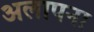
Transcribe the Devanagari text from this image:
अलापना